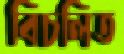
বিচলিত